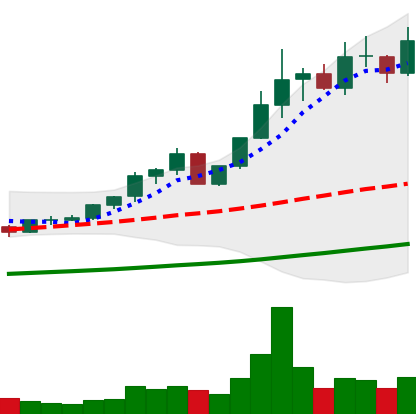
Ticker: ETC-USD
Chart end date: 2021-04-13
Forward return: 74.377%
Label: up_7plus